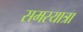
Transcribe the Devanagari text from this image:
समरयात्रा